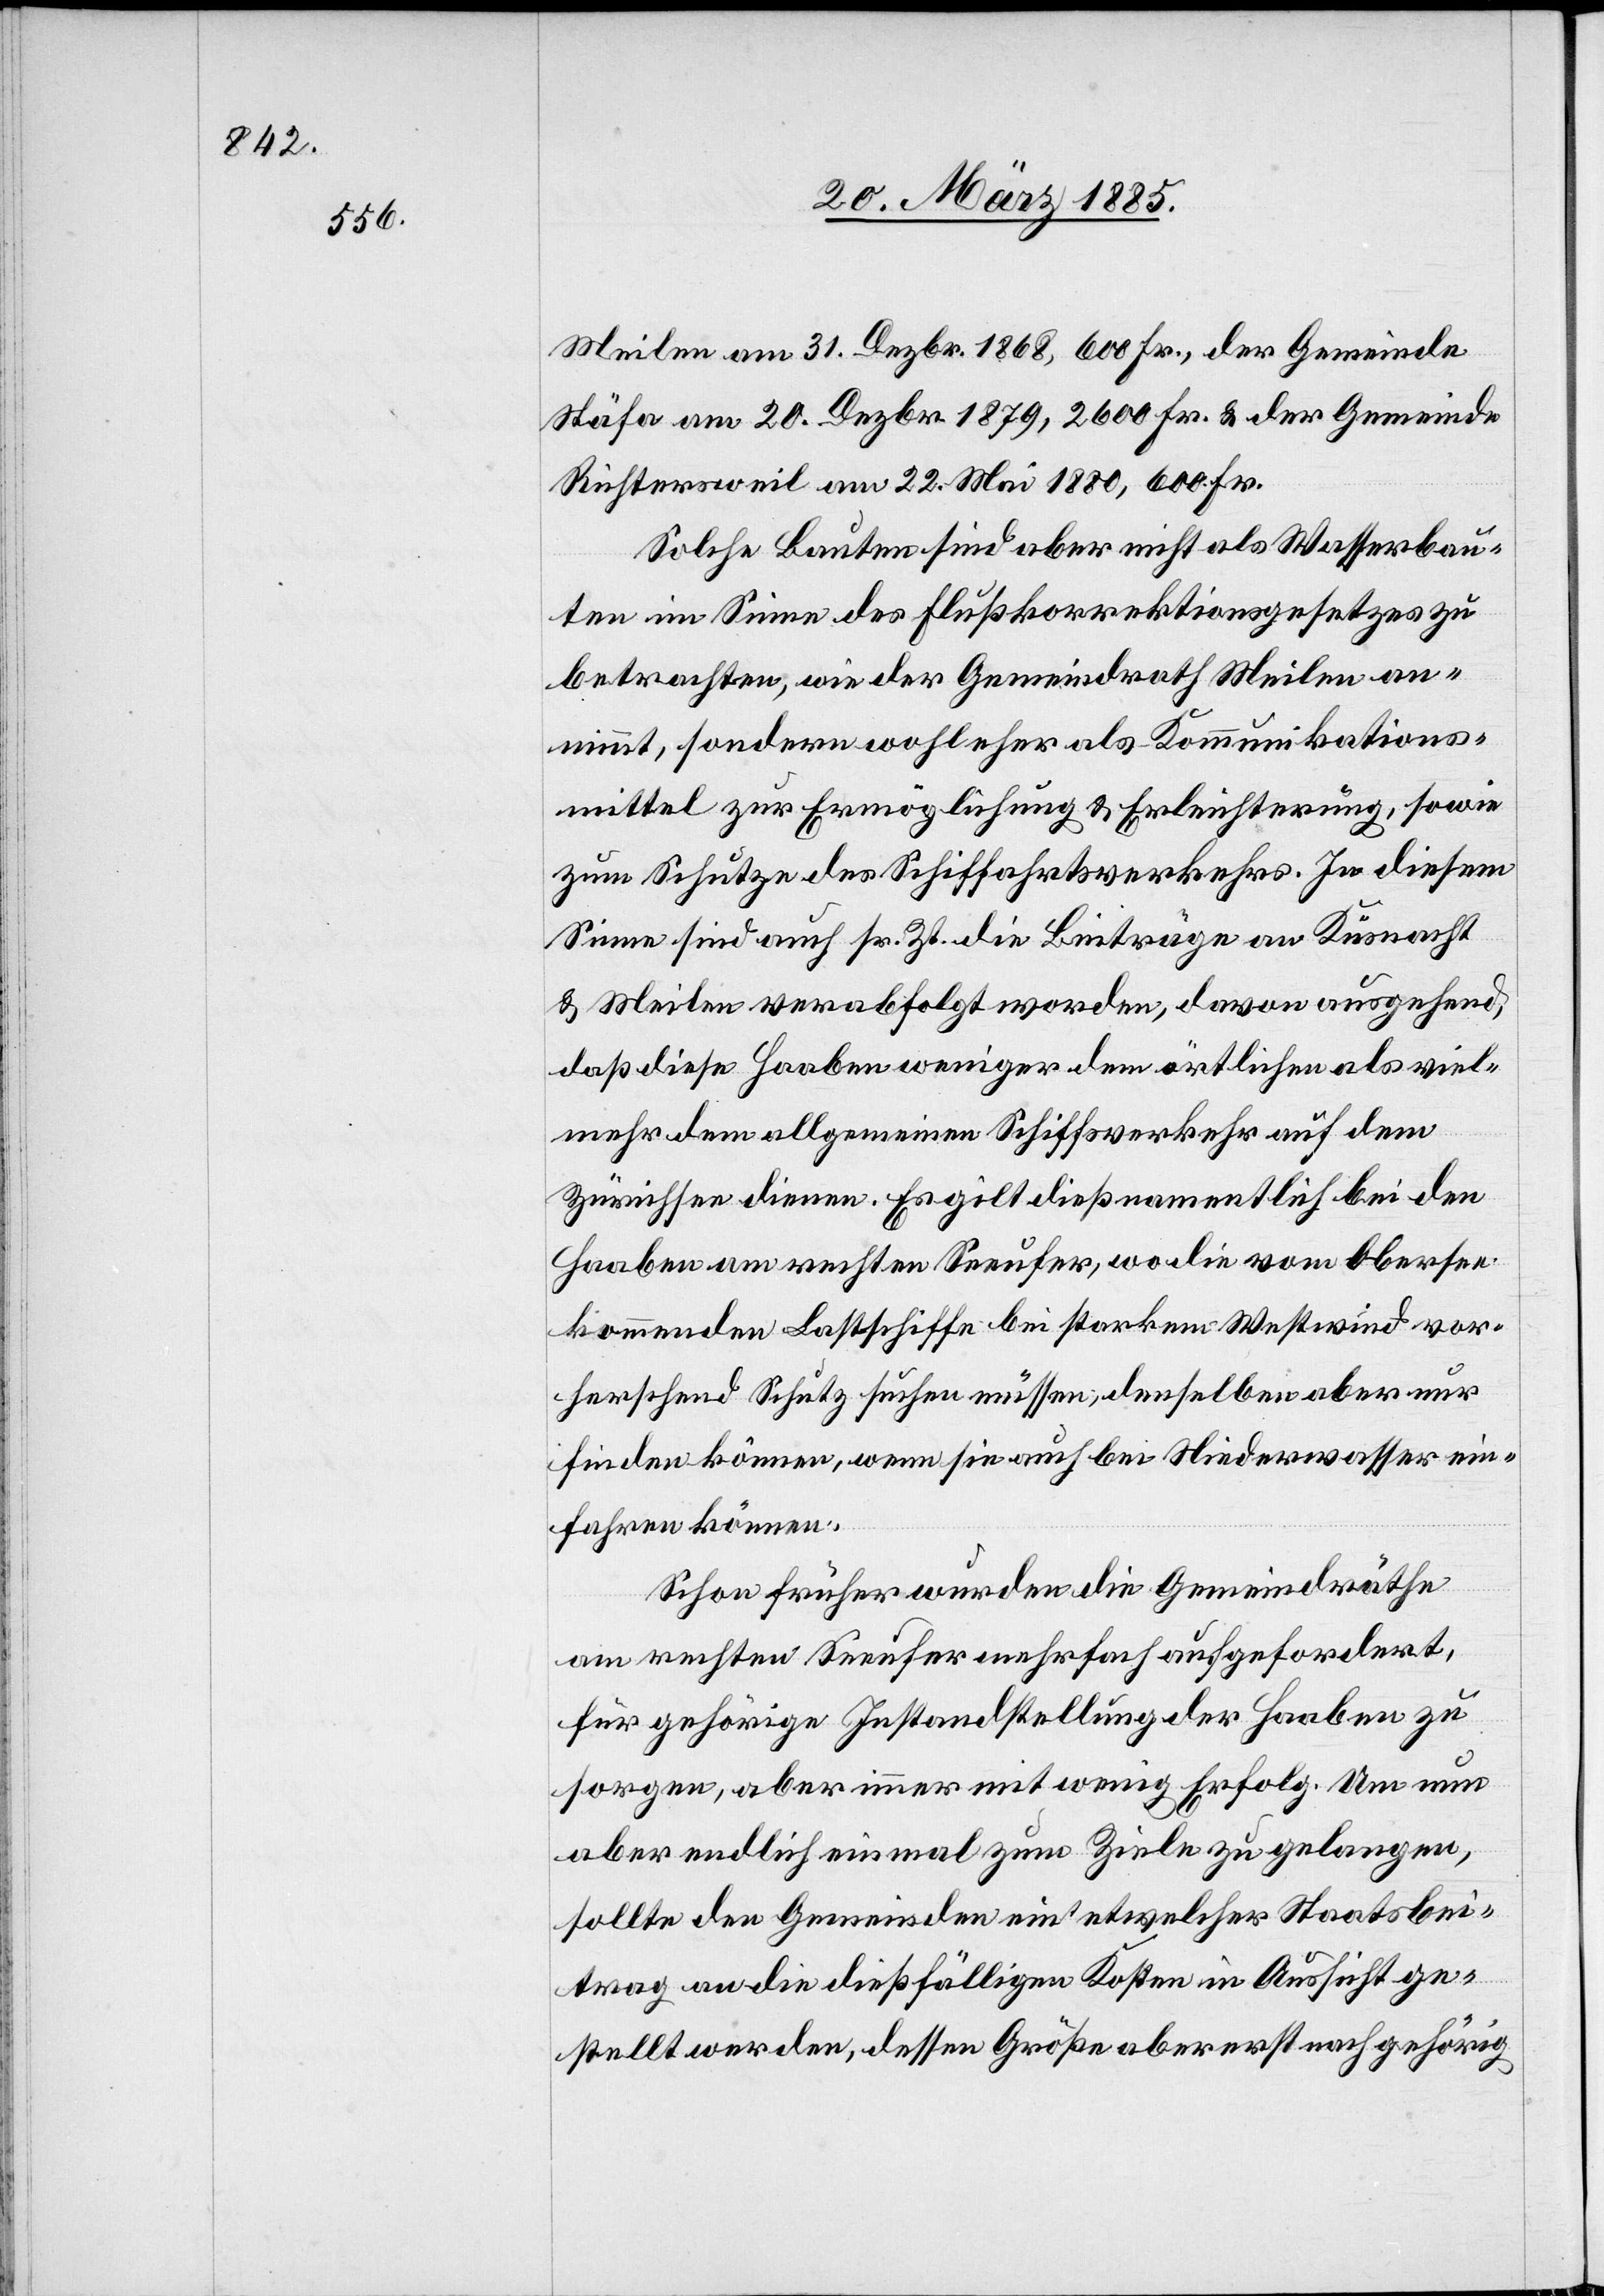
Meilen am 31. Dezbr. 1868, 600 Fr. der Gemeinde
Stäfa am 20. Dezbr. 1879, 2600 Fr. & der Gemeinde
Richtersweil am 22. Mai 1880, 600 Fr.
Solche Bauten sind aber nicht als Wasserbau¬
ten im Sinne des Flußkorrektionsgesetzes zu
betrachten, wie der Gemeindrath Meilen an¬
nimmt, sondern wohl eher als Kommunikations¬
mittel zur Ermöglichung & Erleichterung, sowie
zum Schutze des Schiffahrtsverkehrs. In diesem
Sinne sind auch sr. Zt. die Beiträge an Küsnacht
& Meilen verabfolgt worden, davon ausgehend,
daß diese Haaben weniger dem örtlichen als viel¬
mehr dem allgemeinen Schiffsverkehr auf dem
Zürichsee dienen. Es gilt dieß namentlich bei den
Haaben am rechten Seeufer, wo die vom Obersee
kommenden Lastschiffe bei starkem Westwind vor¬
her[r]schend Schutz suchen müssen, denselben aber nur
finden können, wenn sie auch bei Niederwasser ein¬
fahren können.
Schon früher wurden die Gemeindräthe
am rechten Seeufer mehrfach aufgefordert,
für gehörige Instandstellung der Haaben zu
sorgen, aber immer mit wenig Erfolg. Um nun
aber endlich einmal zum Ziele zu gelangen,
sollte den Gemeinden ein etwelcher Staatsbei¬
trag an die dießfälligen Kosten in Aussicht ge¬
stellt werden, dessen Größe aber erst nach gehörig